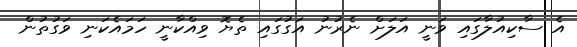
އެ ސާކިއުލާގައި ވަނީ އަލަށް ނެރުނު އަގުގައި ތެޔޮ ވިއްކާނީ ހަމައެކަނި ވަގުތުން